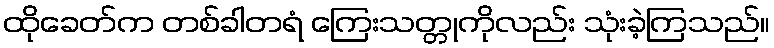
ထိုခေတ်က တစ်ခါတရံ ကြေးသတ္တုကိုလည်း သုံးခဲ့ကြသည်။